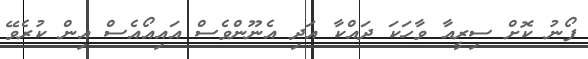
ފޯނު ކޮށް ސިރީއާ ވާހަކަ ދައްކާ އަދި އެނޫންވެސް އައިއޯއެސް އިން ކުރެވޭ